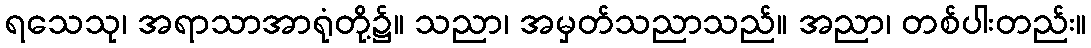
ရသေသု၊ အရာသာအာရုံတို့၌။ သညာ၊ အမှတ်သညာသည်။ အညာ၊ တစ်ပါးတည်း။